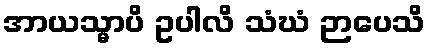
အာယသ္မာပိ ဥပါလိ သံဃံ ဉာပေသိ